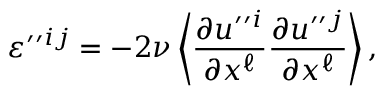
\varepsilon ^ { \prime \prime } { } ^ { i j } = - 2 \nu \left\langle { \frac { \partial u ^ { \prime \prime } { } ^ { i } } { \partial x ^ { \ell } } \frac { \partial u ^ { \prime \prime } { } ^ { j } } { \partial x ^ { \ell } } } \right\rangle ,